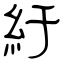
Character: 紆